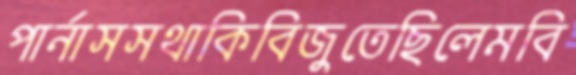
পার্নাসসথাকিবিজুতেছিলেমবি